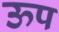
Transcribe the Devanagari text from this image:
ऊप